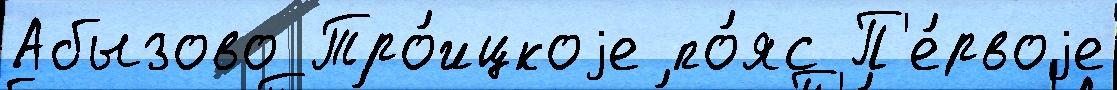
Абызово Тро́ицкоjе по́яс П'е́рвоjе